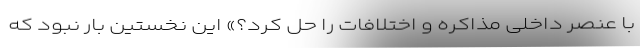
با عنصر داخلی مذاکره و اختلافات را حل کرد؟» این نخستین بار نبود که